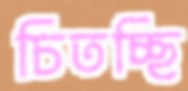
চিতচ্ছি